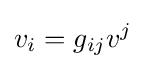
v_{i}=g_{ij}v^{j}